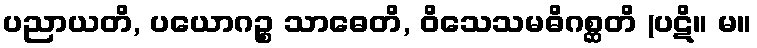
ပညာယတိ, ပယောဂဉ္စ သာဓေတိ, ဝိသေသမဓိဂစ္ဆတိ (ပဋိ။ မ။